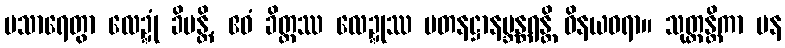
ပသာရေတွာ လေဍ္ဍုံ ခိပန္တိ, ဧဝံ ခိတ္တဿ လေဍ္ဍုဿ ပတနဋ္ဌာနဗ္ဘန္တရန္တိ ဝိနယဓရာ။ သုတ္တန္တိကာ ပန